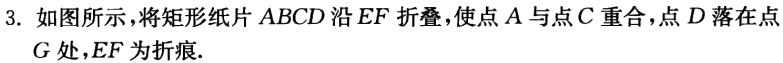
3. 如图所示，将矩形纸片 \(ABCD\) 沿 \(EF\) 折叠，使点 \(A\) 与点 \(C\) 重合，点 \(D\) 落在点 \(G\) 处，\(EF\) 为折痕.